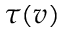
\tau ( v )